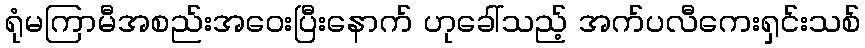
ရုံမကြာမီအစည်းအဝေးပြီးနောက် ဟုခေါ်သည့် အက်ပလီကေးရှင်းသစ်